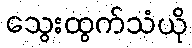
သွေးထွက်သံယို